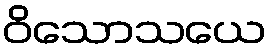
ဝိသောသယေ